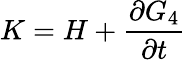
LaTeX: K=H+{\frac{\partial G_{4}}{\partial t}}